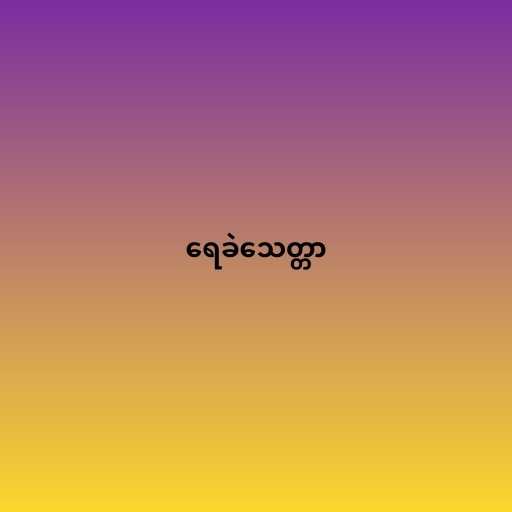
ရေခဲသေတ္တာ